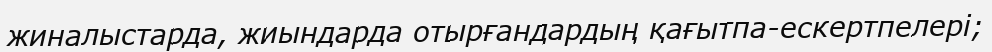
жиналыстарда, жиындарда отырғандардың қағытпа-ескертпелері;